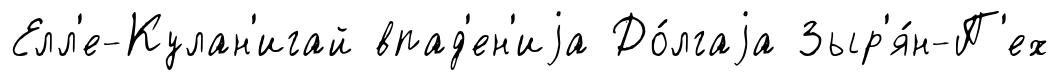
Елл'е-Кулан'игай впад'ен'иjа До́лгаjа Зыр'я́н-П'ех